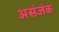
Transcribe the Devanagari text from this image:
असंजंक